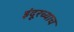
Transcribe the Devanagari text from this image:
इंदूरच्याच